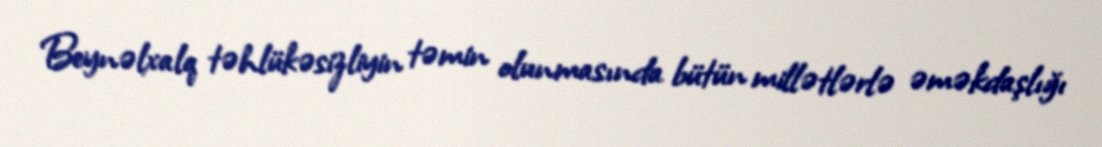
Beynəlxalq təhlükəsizliyin təmin olunmasında bütün millətlərlə əməkdaşlığı